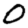
Digit: 0